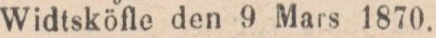
Widtsköfle den 9 Mars 1870.